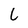
Character: L